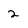
Character: 2